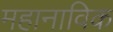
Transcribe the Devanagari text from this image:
महानाविक